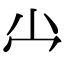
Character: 龸